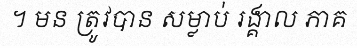
។ មន ត្រូវបាន សម្លាប់ រង្គាល ភាគ